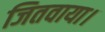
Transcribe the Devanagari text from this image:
जितवाया।